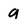
Character: 9